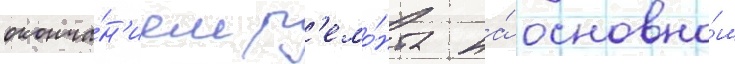
оконча́н'ием р'емо́нта на́ основно́м